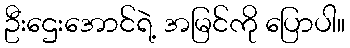
ဦးဌေးအောင်ရဲ့ အမြင်ကို ပြောပါ။